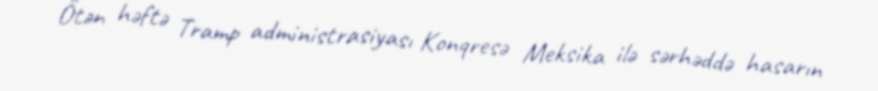
Ötən həftə Tramp administrasiyası Konqresə Meksika ilə sərhəddə hasarın